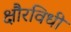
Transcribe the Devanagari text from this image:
क्षौरविधी